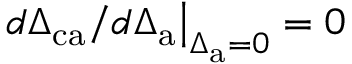
\left. d \Delta _ { \mathrm { c a } } / d \Delta _ { \mathrm { a } } \right| _ { \Delta _ { \mathrm { a } } = 0 } = 0